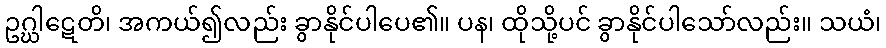
ဥဂ္ဃါဋေတိ၊ အကယ်၍လည်း ခွာနိုင်ပါပေ၏။ ပန၊ ထိုသို့ပင် ခွာနိုင်ပါသော်လည်း။ သယံ၊